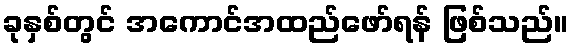
ခုနှစ်တွင် အကောင်အထည်ဖော်ရန် ဖြစ်သည်။